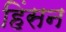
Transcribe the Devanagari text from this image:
हिंसन